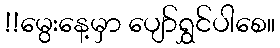
!!မွေးနေ့မှာ ပျော်ရွှင်ပါစေ။